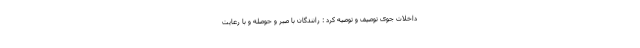
داخلات جوی توصیف و توصیه کرد : رانندگان با صبر و حوصله و با رعایت